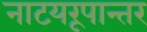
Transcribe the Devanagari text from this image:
नाटयरूपान्तर